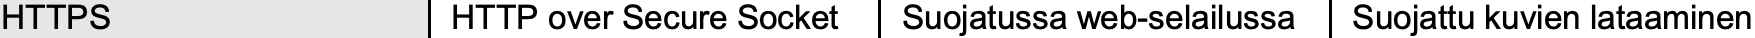
HTTPS          HTTP over Secure Socket Suojatussa web-selailussa Suojattu kuvien lataaminen